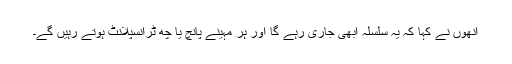
اُنھوں نے کہا کہ یہ سلسلہ ابھی جاری رہے گا اور ہر مہینے پانچ یا چھ ٹرانسپلانٹ ہوتے رہیں گے۔